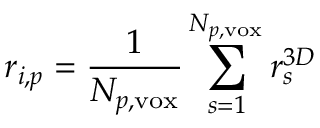
r _ { i , p } = \frac { 1 } { N _ { p , \mathrm { v o x } } } \sum _ { s = 1 } ^ { N _ { p , \mathrm { v o x } } } r _ { s } ^ { 3 D }